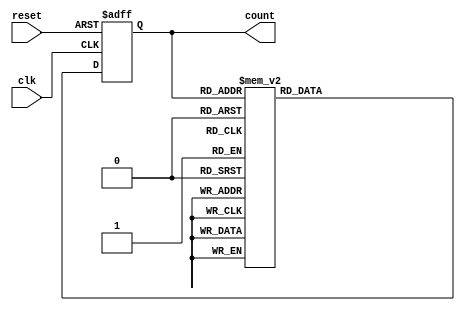
module decade_ring_counter (
    input wire clk,        // Clock input
    input wire reset,      // Asynchronous reset input
    output reg [3:0] count // 4-bit output for the current count
);

// State transition logic
always @(posedge clk or posedge reset) begin
    if (reset) begin
        count <= 4'b0000; // Reset the counter to 0000
    end else begin
        case (count)
            4'b0000: count <= 4'b0001; // 0 -> 1
            4'b0001: count <= 4'b0010; // 1 -> 2
            4'b0010: count <= 4'b0011; // 2 -> 3
            4'b0011: count <= 4'b0100; // 3 -> 4
            4'b0100: count <= 4'b0101; // 4 -> 5
            4'b0101: count <= 4'b0110; // 5 -> 6
            4'b0110: count <= 4'b0111; // 6 -> 7
            4'b0111: count <= 4'b1000; // 7 -> 8
            4'b1000: count <= 4'b1001; // 8 -> 9
            4'b1001: count <= 4'b0000; // 9 -> 0 (wrap around)
            default: count <= 4'b0000; // Default case (shouldn't happen)
        endcase
    end
end

endmodule